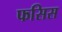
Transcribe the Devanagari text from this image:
फसिस